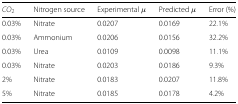
| CO2 | Nitrogen source | Experimental μ | Predicted μ | Error (%) |
 | --- | --- | --- | --- | --- |
 | 0.03% | Nitrate | 0.0207 | 0.0169 | 22.1% |
 | 0.03% | Ammonium | 0.0206 | 0.0156 | 32.2% |
 | 0.03% | Urea | 0.0109 | 0.0098 | 11.1% |
 | 0.03% | Nitrate | 0.0203 | 0.0186 | 9.3% |
 | 2% | Nitrate | 0.0183 | 0.0207 | 11.8% |
 | 5% | Nitrate | 0.0185 | 0.0178 | 4.2% |